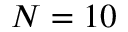
N = 1 0